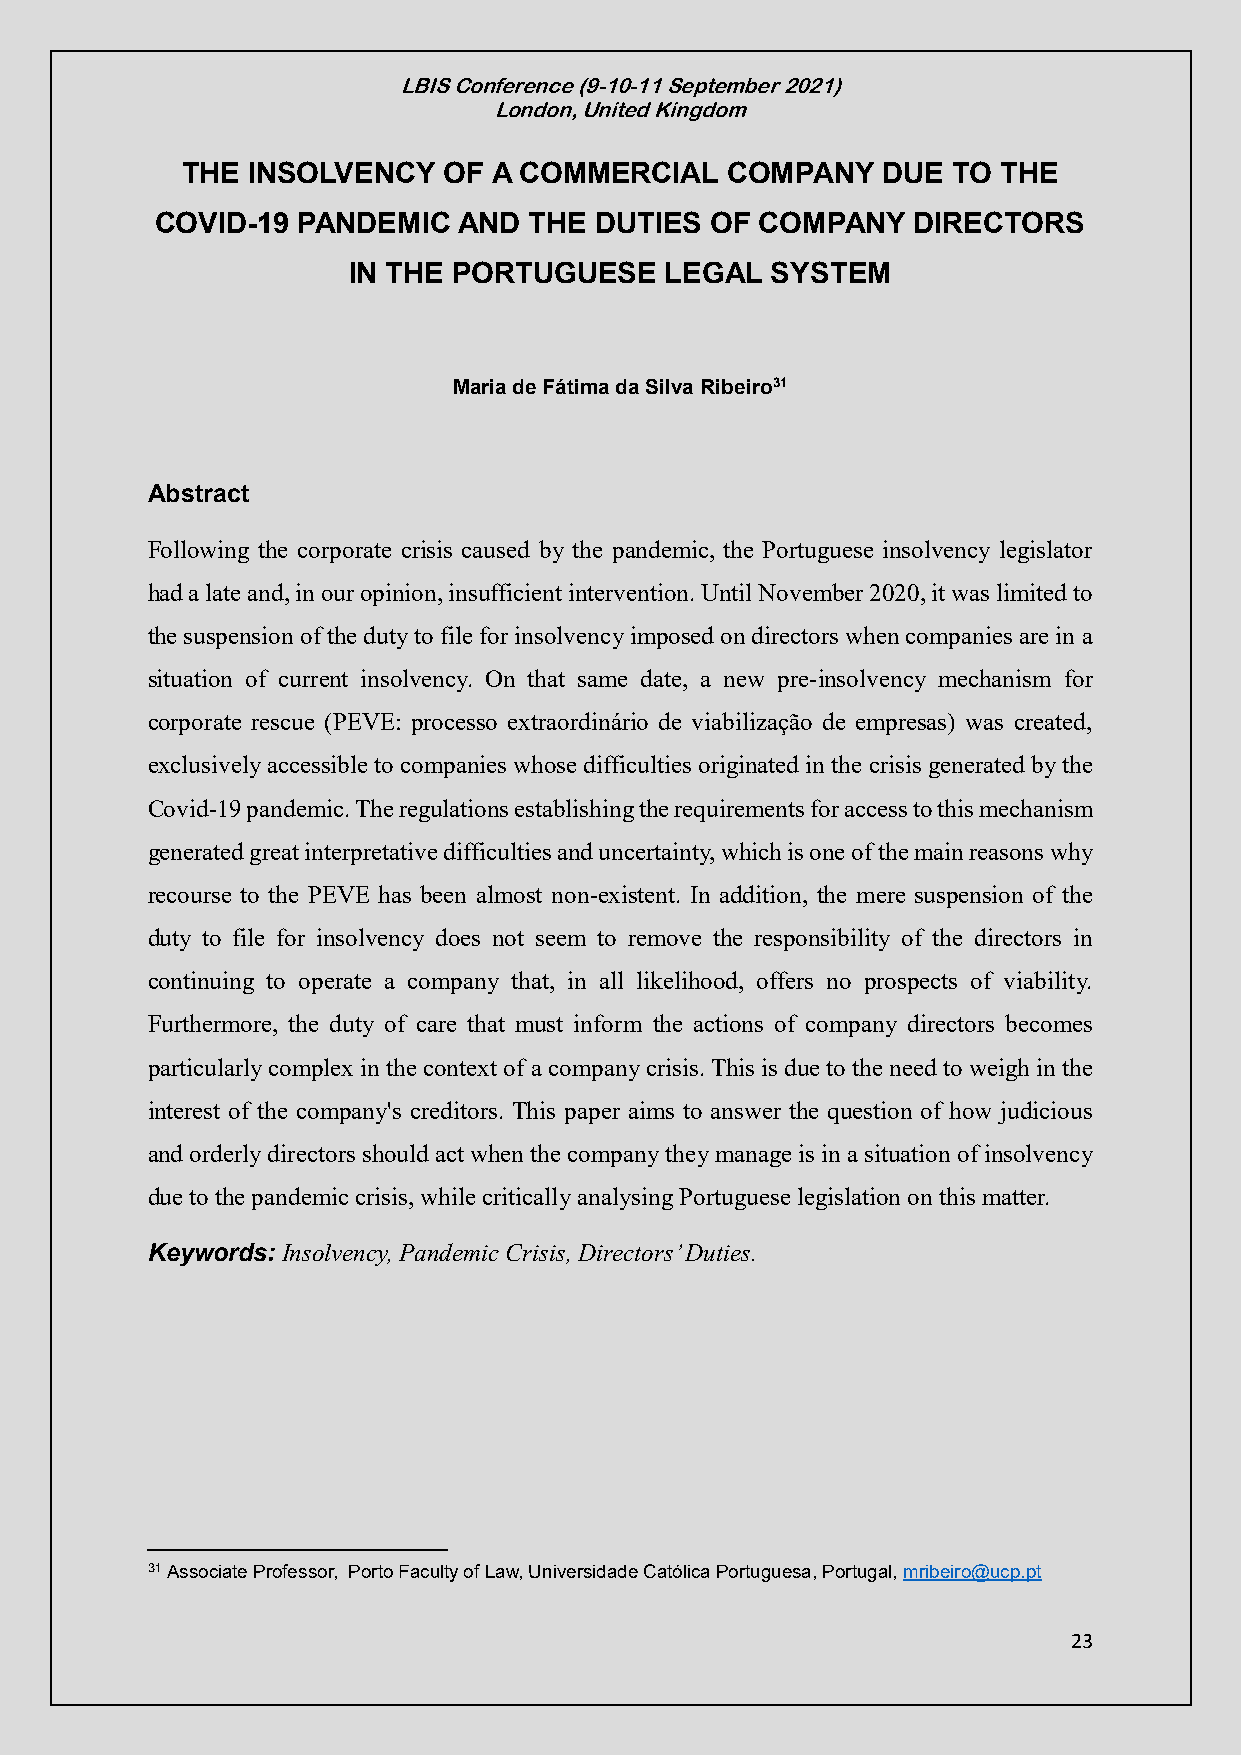
LBIS Conference (9-10-11 September 2021)
 London, United Kingdom
 THE INSOLVENCY   OF  A COMMERCIAL   COMPANY   DUE  TO THE
 COVID-19  PANDEMIC  AND  THE DUTIES  OF COMPANY   DIRECTORS
 IN THE PORTUGUESE    LEGAL  SYSTEM
 Maria de Fátima da Silva Ribeiro31
 Abstract
 Following the corporate crisis caused by the pandemic, the Portuguese insolvency legislator
 had a late and, in our opinion, insufficient intervention. Until November 2020, it was limited to
 the suspension of the duty to file for insolvency imposed on directors when companies are in a
 situation of current insolvency. On that same date, a new pre-insolvency mechanism for
 corporate rescue (PEVE: processo extraordinário de viabilização de empresas) was created,
 exclusively accessible to companies whose difficulties originated in the crisis generated by the
 Covid-19 pandemic. The regulations establishing the requirements for access to this mechanism
 generated great interpretative difficulties and uncertainty, which is one of the main reasons why
 recourse to the PEVE has been almost non-existent. In addition, the mere suspension of the
 duty to file for insolvency does not seem to remove the responsibility of the directors in
 continuing to operate a company that, in all likelihood, offers no prospects of viability.
 Furthermore, the duty of care that must inform the actions of company directors becomes
 particularly complex in the context of a company crisis. This is due to the need to weigh in the
 interest of the company's creditors. This paper aims to answer the question of how judicious
 and orderly directors should act when the company they manage is in a situation of insolvency
 due to the pandemic crisis, while critically analysing Portuguese legislation on this matter.
 Keywords: Insolvency, Pandemic Crisis, Directors’ Duties.
 31 Associate Professor, Porto Faculty of Law, Universidade Católica Portuguesa, Portugal, mribeiro@ucp.pt
 23